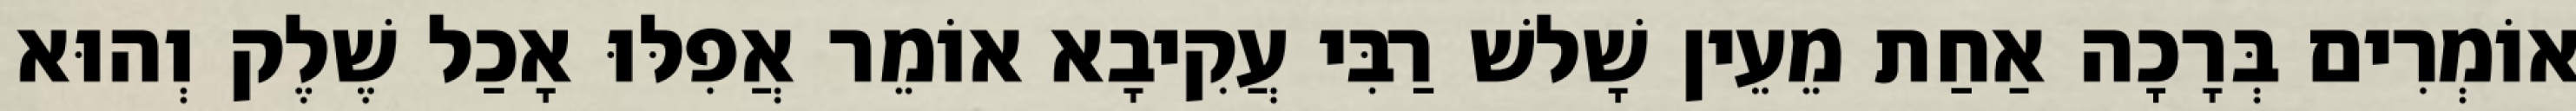
אוֹמְרִים בְּרָכָה אַחַת מֵעֵין שָׁלשׁ רַבִּי עֲקִיבָא אוֹמֵר אֲפִלּוּ אָכַל שֶׁלֶק וְהוּא